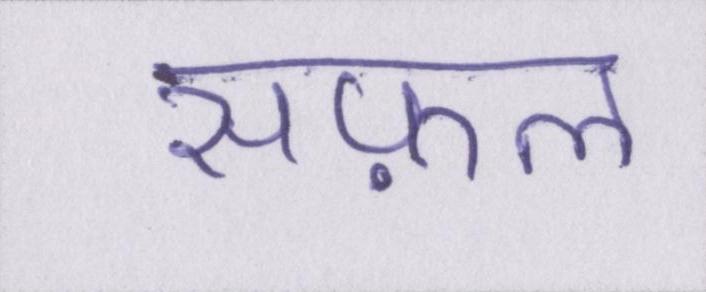
सफ़ल